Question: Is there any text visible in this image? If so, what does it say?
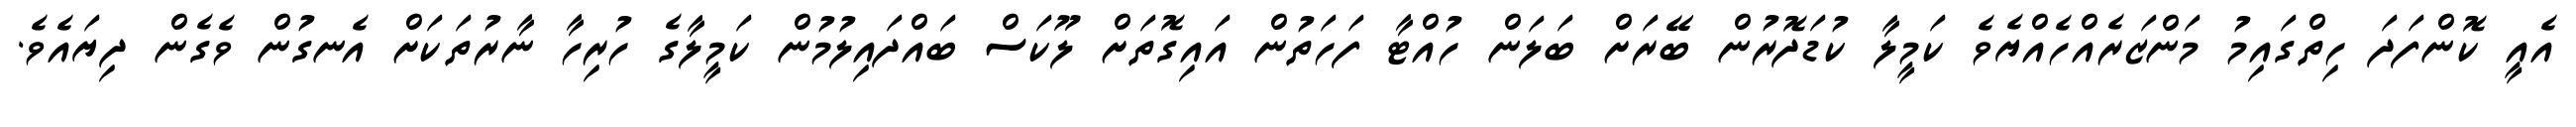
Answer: އެއީ ކޮންފަދަ ހިތްގައިމު މަންޒަރެއްހެއްޔެވެ ކަމީލާ ކުޑަދޮރުން ބޭރަށް ބަލަން ހުއްޓާ ފަހަތުން އައިގޮތަށް ލޫކަސް ބައްދައިލުމުން ކަމީލާގެ ހުރިހާ ނާރުތަކަށް އެނގުން ވެގެން ދިޔައެވެ.